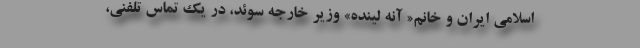
اسلامی ایران و خانم« آنه لینده» وزیر خارجه سوئد، در یک تماس تلفنی،